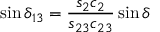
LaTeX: \sin \delta _ { 1 3 } = \frac { s _ { 2 } c _ { 2 } } { s _ { 2 3 } c _ { 2 3 } } \sin \delta